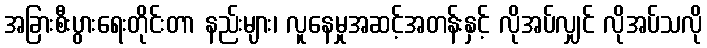
အခြားစီးပွားရေးတိုင်းတာ နည်းများ၊ လူနေမှုအဆင့်အတန်းနှင့် လိုအပ်လျှင် လိုအပ်သလို